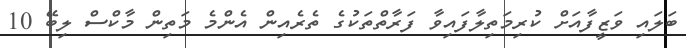
ބަލައި ވަޒީފާއަށް ކުރިމަތިލާފައިވާ ފަރާތްތަކުގެ ތެރެއިން އެންމެ މަތިން މާކްސް ލިބޭ 10